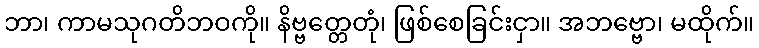
ဘာ၊ ကာမသုဂတိဘဝကို။ နိဗ္ဗတ္တေတုံ၊ ဖြစ်စေခြင်းငှာ။ အဘဗ္ဗော၊ မထိုက်။